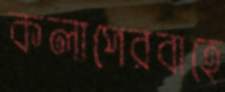
কলাপেরবাহে